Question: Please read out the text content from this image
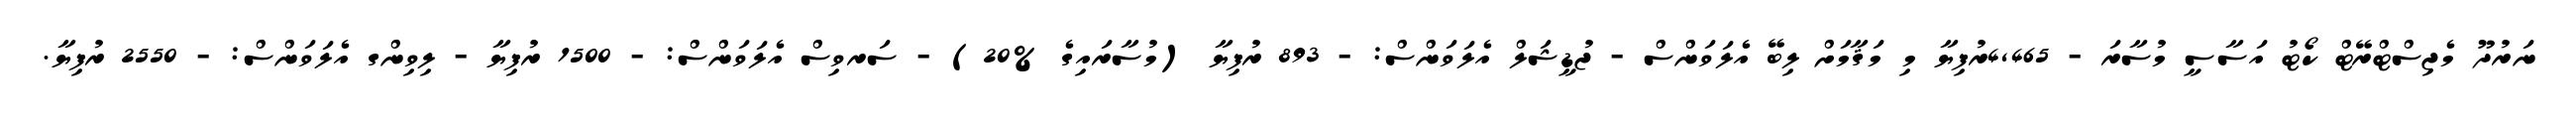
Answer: ނަރުދޫ މެޖިސްޓްރޭޓް ކޯޓު އަސާސީ މުސާރަ - 4,465ރުފިޔާ މި މަޤާމަށް ލިބޭ އެލަވަންސް - ޖުޑީޝަލް އެލަވަންސް: - 893 ރުފިޔާ (މުސާރައިގެ %20) - ސަރވިސް އެލަވަންސް: - 1500 ރުފިޔާ - ލިވިންގ އެލަވަންސް: - 2550 ރުފިޔާ.